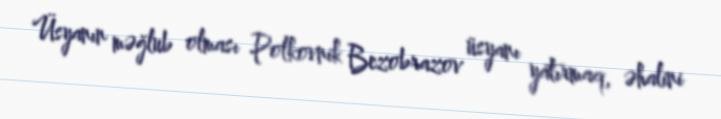
Üsyanın məğlub olması Polkovnik Bezobrazov üsyanı yatırmaq, əhalini